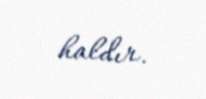
haldır.